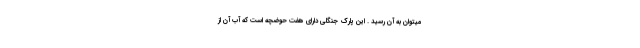
میتوان به آن رسید . این پارک جنگلی دارای هفت حوضچه است که آب آن از